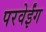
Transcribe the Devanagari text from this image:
परवेईंग